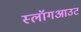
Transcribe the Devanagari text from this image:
स्लॉगआउट